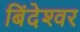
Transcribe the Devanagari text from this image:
बिंदेश्‍वर